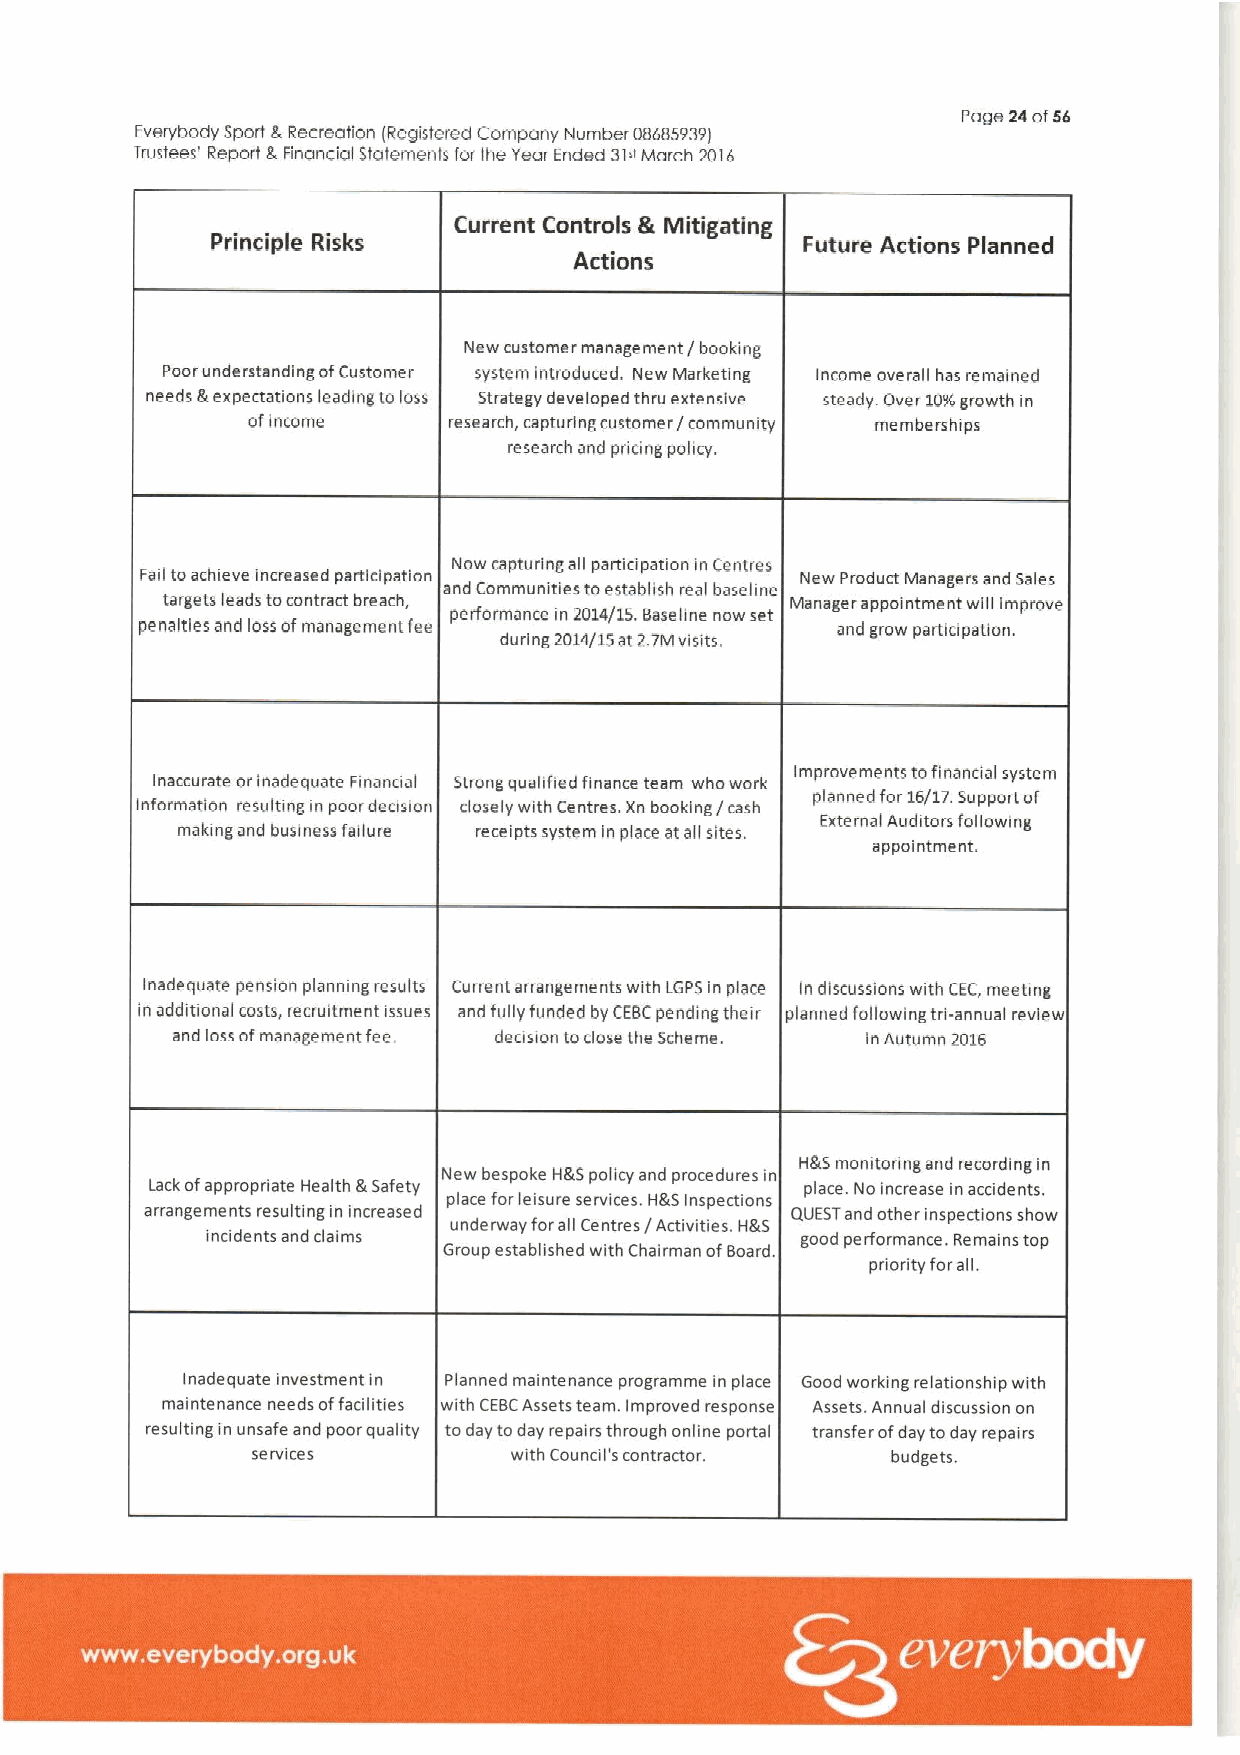
Page 24of56
 Everybody sport 8,Recreation (Registered company Number 08685939l
 Trustees' Reprxt g Financial Slatemenls for the Year Ended 3IiMarch 2016
 Current Controls & Mitigating
 Principle Risks                        Future Actions Planned
 Actions
 New customer management/ booking
 Poorunderstandingof Customer system introduced. New Marketing income overall has remained
 needs &expectations leading to loss Strategy developed thru extensive steady. Over 10Kgrowth in
 ofincome      research, capturing customer / community memberahips
 research and priring policy.
 Now capturingall participation in Centres
 Fail toachieve increased participation      New Product Managers and Sales
 and Cornrnunities toestablish realbase line
 targets leads tocontract breach,         Manager appointment will improve
 performance in 2014/15.Baseline now set
 penalties and loss of management fee          and grow participation.
 during 2014/15at27Mvisits.
 Inaccurate orinadequate Financial Strong qualified finance team who work Improvements tofinandal system
 planned for 16/17.Support of
 information resulting in poor decision closely with Centres. Xn booking / cash
 External Auditors following
 making and business failure receipts system in place at all sites.
 appointment.
 Inadequate pension planning results Current arrangements with LGPS in place In discussions with CEC,meeting
 in additional costs, recruitment issues and fully funded by CEBCpending their planned following tri-annual review
 and loss ofmanagement fee. decision toclose the Scheme. in Autumn 2016
 H&5 monitoring and recording in
 New bespoke H&Spolicy and procedures in
 Lack ofappropriate Health &Safety          place. No increase in accidenth
 place for leisure services. H&Sinspections
 arrangements resulting in increased       QUESTand other inspections show
 underwayforall Centres/Activities. H&S
 incidents and claims                   good performance. Remains top
 Group established with Chairman ofBoard.
 priority forall.
 Inadequate investment ln Planned mainte nance programme in place Good working relationship with
 maintenance needs offacilities with CEBCAssets team, Improved response Assets. Annual discussion on
 resulting in unsafe and poor quality today today repairs through online portal transfer ofday today repairs
 services         with Council's contractor. budgets.
 ~ ~ ~
 ~ ~ ~ ~ ~